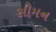
સીમન